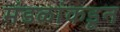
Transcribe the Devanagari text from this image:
मंडळांकडून